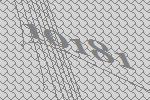
10181